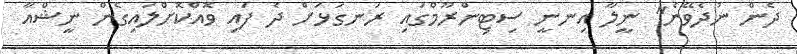
ދެން ނުދެވޭނެ" ނީލާ އިނނީ ސިޓިންރޫމްގައި ރަނގަޅަށް ދެ ފައި ވޮއްކޮށްލައިގެން ނީޝްއާ